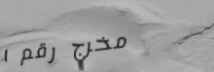
مخرج رقم ١